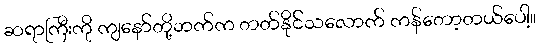
ဆရာကြီးကို ကျနော်တို့ဘက်က တတ်နိုင်သလောက် ကန်တော့တယ်ပေါ့။